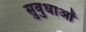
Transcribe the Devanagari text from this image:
सुवुधाओं